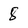
Character: 8